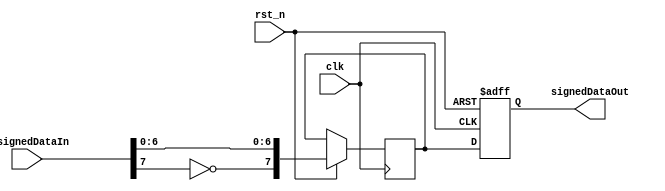
`timescale 1ns / 1ps
//****************************************VSCODE PLUG-IN**********************************//
//----------------------------------------------------------------------------------------
// IDE :                   VSCODE     
// VSCODE plug-in version: Verilog-Hdl-Format-2.7.20240716
// VSCODE plug-in author : Jiang Percy
//----------------------------------------------------------------------------------------
//****************************************Copyright (c)***********************************//
// Copyright(C)            Please Write Company name
// All rights reserved     
// File name:              
// Last modified Date:     2024/07/22 14:11:47
// Last Version:           V1.0
// Descriptions:           turn unsigned adc sample data to signed data
//----------------------------------------------------------------------------------------
// Created date:           2024/07/22 14:11:47
// mail      :             Please Write mail 
// Version:                V1.0
// TEXT NAME:              unsigned2signed.v
// PATH:                   D:\Desktop\2024_E_Design\2023C\fpga_2\unsigned2signed.v
// Descriptions:           
//                         
//----------------------------------------------------------------------------------------
//****************************************************************************************//

module unsigned2signed(
    input                               clk                        ,
    input                               rst_n                      ,
    input       [7:0]                   unsignedDataIn             ,
    output   reg[7:0]                   signedDataOut
    );
                                                                   
    //reg [7:0] signedDataOut;
    reg [7:0] dataTemp;
    always @(posedge clk or negedge rst_n) begin
        if(!rst_n) begin
            signedDataOut=0;
        end
        else begin
            dataTemp[7]<=~unsignedDataIn[7];
            dataTemp[6:0]<=unsignedDataIn[6:0];
            signedDataOut<=dataTemp;
        end
    end
                                                                   
endmodule